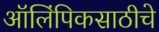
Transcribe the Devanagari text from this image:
ऑलिंपिकसाठीचे